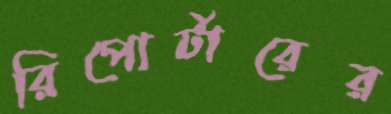
রিপোর্টারের